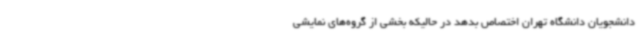
دانشجویان دانشگاه تهران اختصاص بدهد در حالیکه بخشی از گروه‌های نمایشی